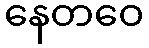
နေတဝေ